On the importance of larval characters in the classification of mosquitoes - Number 25
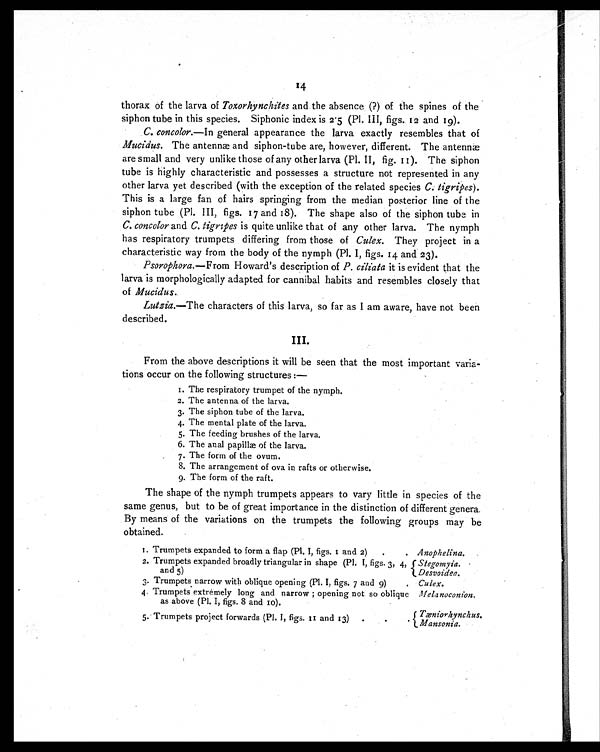
14
thorax of the larva of Toxorhynchites and the absence (?) of the spines of the
siphon tube in this species. Siphonic index is 2.5 (Pl III, figs. 12 and 19).
C. concolor. —In general appearance the larva exactly resembles that of
Mucidus. The antennæ and siphon-tube are, however, different. The antennæ
are small and very unlike those of any other larva (Pl. II, fig. 11). The siphon
tube is highly characteristic and possesses a structure not represented in any
other larva yet described (with the exception of the related species C. tigripes ).
This is a large fan of hairs springing from the median posterior line of the
siphon tube (Pl. III, figs. 17 and 18). The shape also of the siphon tube in
C. concolor and C. tigripes is quite unlike that of any other larva. The nymph
has respiratory trumpets differing from those of Culex. They project in a
characteristic way from the body of the nymph (Pl. I, figs. 14 and 23).
Psorophora. —From Howard's description of P. ciliata it is evident that the
larva is morphologically adapted for cannibal habits and resembles closely that
of Mucidus.
Lutzia. —The characters of this larva, so far as I am aware, have not been
described.
III.
From the above descriptions it will be seen that the most important varia-
tions occur on the following structures :—
1. The respiratory trumpet of the nymph.
2. The antenna of the larva.
3. The siphon tube of the larva.
4. The mental plate of the larva.
5. The feeding brushes of the larva.
6. The anal papillæ of the larva.
7. The form of the ovum.
8. The arrangement of ova in rafts or otherwise.
9. The form of the raft.
The shape of the nymph trumpets appears to vary little in species of the
same genus, but to be of great importance in the distinction of different genera.
By means of the variations on the trumpets the following groups may be
obtained.
1. Trumpets expanded to form a flap (Pl. I, figs. 1 and 2)
.
. Anophelina.
2. Trumpets expanded broadly triangular in shape (Pl. I, figs. 3, 4,
and 5)
Stegomyia.
Desvoidea.
3. Trumpets narrow with oblique opening (Pl. I, figs. 7 and 9)
. Culex.
4. Trumpets extremely long and narrow ; opening not so oblique
as above (Pl. I, figs. 8 and 10).
Melanoconion.
5. Trumpets project forwards (Pl. I, figs. 11 and 13)
.
.
.
Tæniorhynchus.
Mansonia.